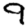
Digit: 9